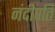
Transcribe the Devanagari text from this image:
नंदीपति